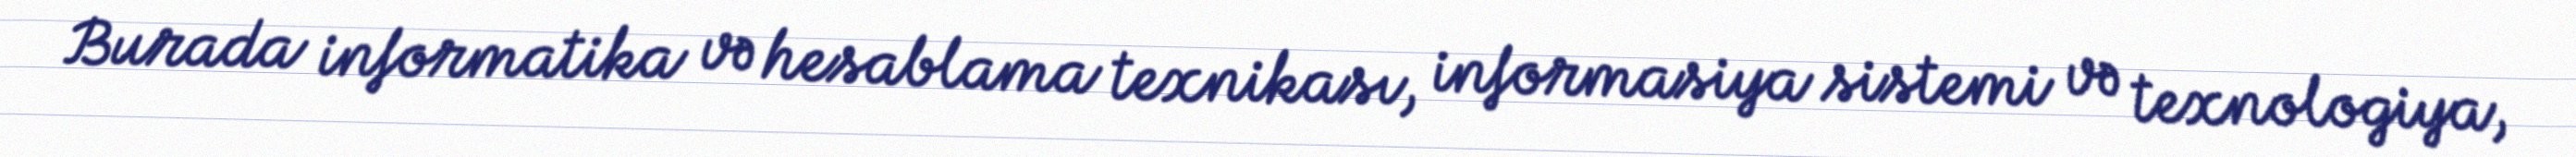
Burada informatika və hesablama texnikası, informasiya sistemi və texnologiya,